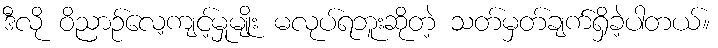
ဒီလို ဝိညာဉ်လေ့ကျင့်မှုမျိုး မလုပ်ရဘူးဆိုတဲ့ သတ်မှတ်ချက်ရှိခဲ့ပါတယ်။